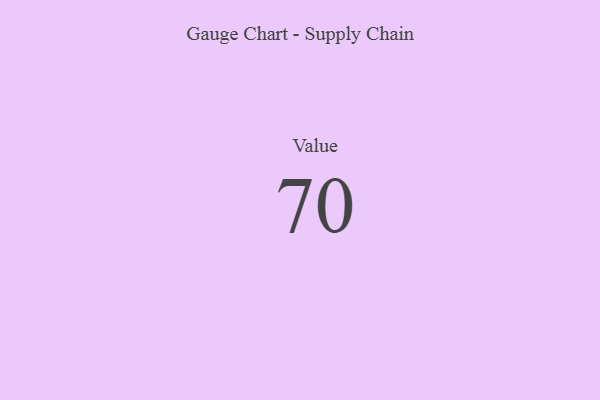
{"axis": {"x": "Metric", "y": "Value"}, "legend": [""], "data": [{"x": "Value", "y": 70, "type": ""}]}